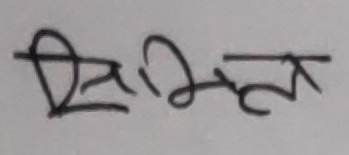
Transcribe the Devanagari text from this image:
सिभमल